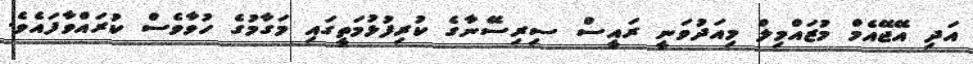
އަދި އޭޖޭއެމް މުޒައްމިލް މިއަދުވަނީ ރައީސް ސިރިސޭނާގެ ކުރިފުޅުމަތީގައި މަގާމުގެ ހުވާވެސް ކުރައްވާފައެވެ.